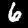
Label: 6